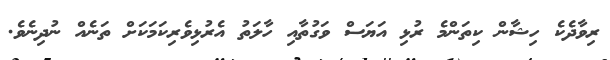
ރިވާދެކެ ހިޝާން ކިތަންމެ ރުޅި އަޔަސް ވަގުތާއި ހާލަތު އެރުޅިވެރިކަމަކަށް ތަނެއް ނުދިނެވެ.